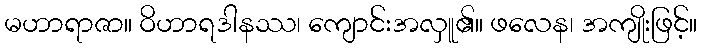
မဟာရာဇာ။ ဝိဟာရဒါနဿ၊ ကျောင်းအလှူ၏။ ဖလေန၊ အကျိုးဖြင့်။